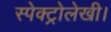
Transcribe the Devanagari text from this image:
स्पेक्ट्रोलेखी।